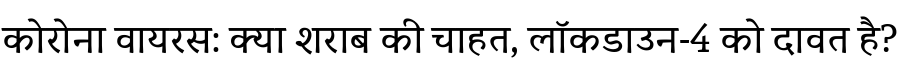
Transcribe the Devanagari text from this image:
कोरोना वायरस: क्या शराब की चाहत, लॉकडाउन-4 को दावत है?